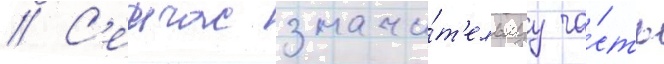
// С'еичас значи́т'ельнуу ча́сть